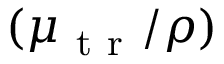
( \mu _ { \mathrm { ~ t ~ r ~ } } / \rho )